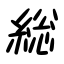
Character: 総